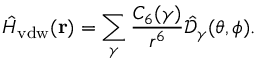
\hat { H } _ { \mathrm { v d w } } ( \mathbf { r } ) = \sum _ { \gamma } \frac { C _ { 6 } ( \gamma ) } { r ^ { 6 } } \mathcal { \hat { D } } _ { \gamma } ( \theta , \phi ) .